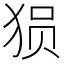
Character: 𰡐